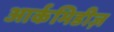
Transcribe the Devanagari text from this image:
आर्कमिडीज़